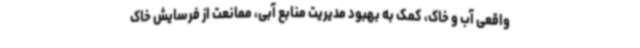
واقعی آب و خاک، کمک به بهبود مدیریت منابع آبی، ممانعت از فرسایش خاک